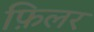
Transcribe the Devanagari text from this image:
फ़िलर